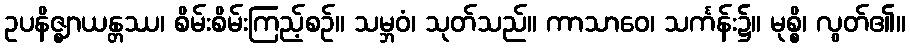
ဥပနိဇ္ဈာယန္တဿ၊ စိမ်းစိမ်းကြည့်စဉ်။ သမ္ဘဝံ၊ သုတ်သည်။ ကာသာဝေ၊ သင်္ကန်း၌။ မုစ္စိ၊ လွတ်၏။